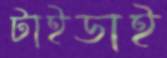
টাইডাই